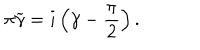
LaTeX: \pi \widetilde { \gamma } = i \left( \gamma - \frac { \pi } { 2 } \right) .